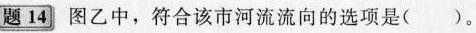
[题14]图乙中，符合该市河流流向的选项是( )。